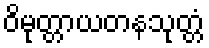
ဝိမုတ္တာယတနသုတ္တံ